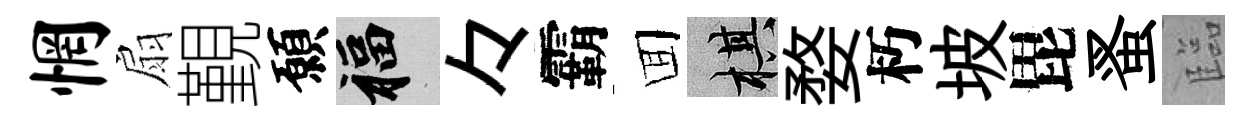
惘扇覲願福々霸囬棋婺朽坡毘蚤臨